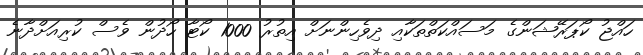
ހައްޖު ކޯޕަރޭޝަންގެ މަސައްކަތްތަކާއި ދިވެހިންނަށް އިތުރު 1000 ކޯޓާ ހޯދުން ވެސް ކުރިއަށްދާނެ